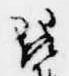
琵